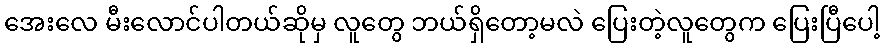
အေးလေ မီးလောင်ပါတယ်ဆိုမှ လူတွေ ဘယ်ရှိတော့မလဲ ပြေးတဲ့လူတွေက ပြေးပြီပေါ့